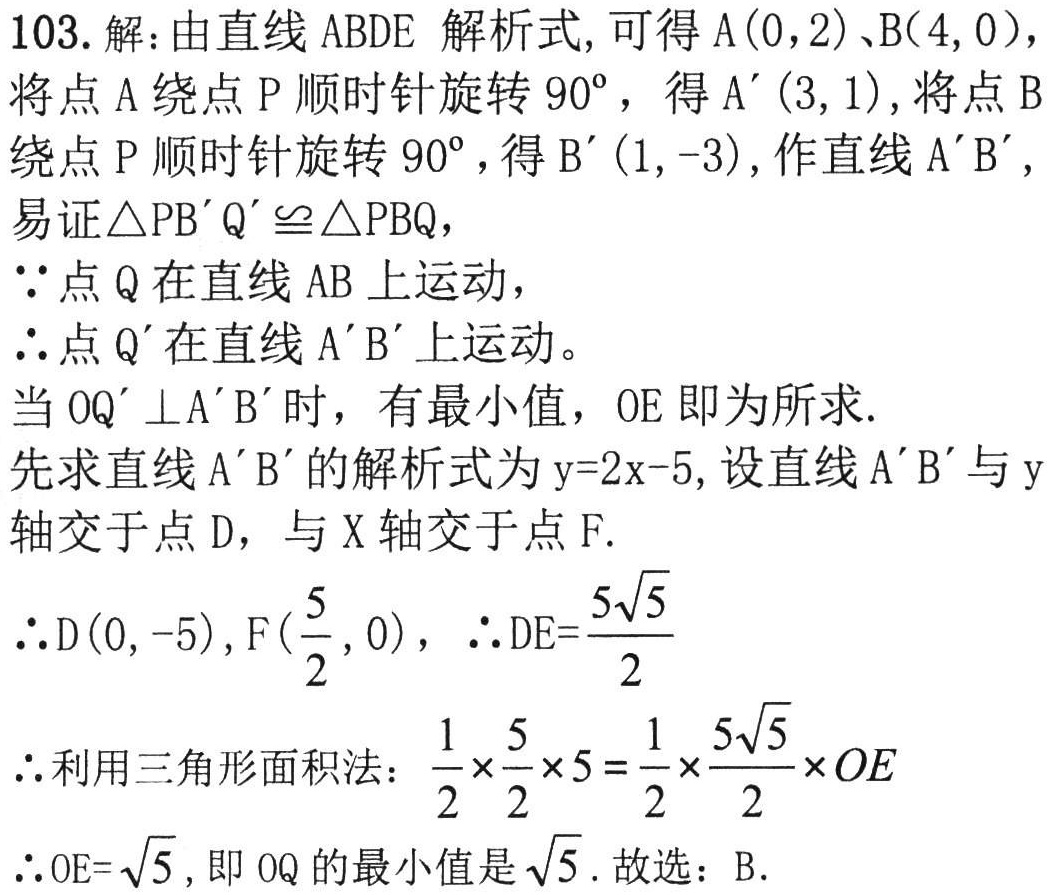
103. 解：由直线 ABDE 解析式, 可得 \(A(0,2)\)、\(B(4,0)\)，

将点 \(A\) 绕点 \(P\) 顺时针旋转 \(90^{\circ}\)，得 \(A'(3,1)\)，将点 \(B\)

绕点 \(P\) 顺时针旋转 \(90^{\circ}\)，得 \(B'(1, - 3)\)，作直线 \(A'B'\)，

易证 \(\triangle PB'Q'\cong\triangle PBQ\)，

\(\because\)点 \(Q\) 在直线 \(AB\) 上运动，

\(\therefore\)点 \(Q'\) 在直线 \(A'B'\) 上运动。

当 \(OQ'\perp A'B'\) 时，有最小值，\(OE\) 即为所求.

先求直线 \(A'B'\) 的解析式为 \(y = 2x-5\)，设直线 \(A'B'\) 与 \(y\)

轴交于点 \(D\)，与 \(X\) 轴交于点 \(F\).

\(\therefore D(0, - 5)\)，\(F(\frac{5}{2},0)\)，\(\therefore DE=\frac{5\sqrt{5}}{2}\)

\(\therefore\) 利用三角形面积法：\(\frac{1}{2}\times\frac{5}{2}\times5=\frac{1}{2}\times\frac{5\sqrt{5}}{2}\times OE\)

\(\therefore OE = \sqrt{5}\), 即 \(OQ\) 的最小值是 \(\sqrt{5}\). 故选：B.